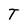
Character: T